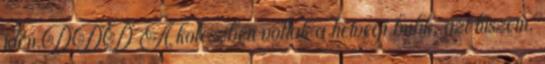
idén.DDD A koleszben voltak a hétvégi bulik, azt hiszem,